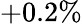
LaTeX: +0.2\%